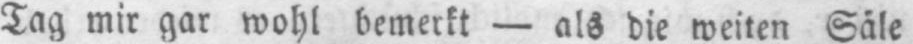
Tag mir gar wohl bemerkt - als die weiten Säle